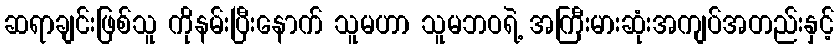
ဆရာချင်းဖြစ်သူ ကိုနမ်းပြီးနောက် သူမဟာ သူမဘဝရဲ့ အကြီးမားဆုံးအကျပ်အတည်းနှင့်